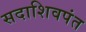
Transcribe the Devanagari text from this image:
सदाशिवपंत